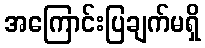
အကြောင်းပြချက်မရှိ